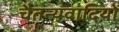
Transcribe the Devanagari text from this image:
चैतन्यवादियों